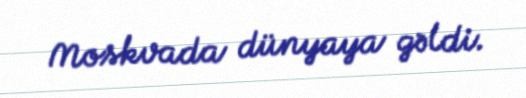
Moskvada dünyaya gəldi.